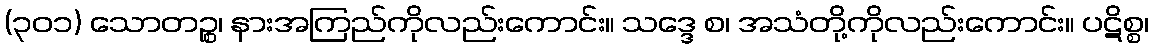
(၃၀၁) သောတဉ္စ၊ နားအကြည်ကိုလည်းကောင်း။ သဒ္ဒေ စ၊ အသံတို့ကိုလည်းကောင်း။ ပဋိစ္စ၊